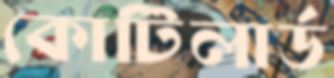
কোটিলার্ড